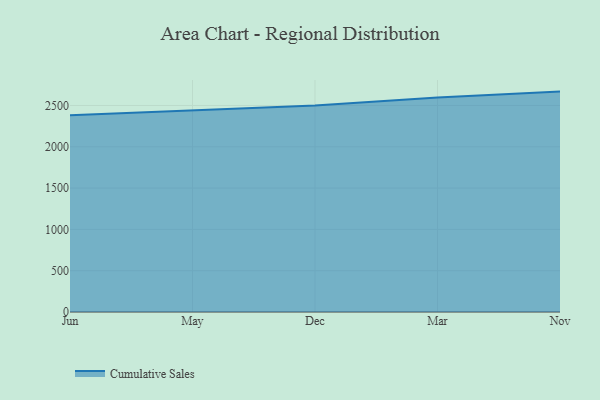
{"axis": {"x": "Month", "y": "Waste Production (Tons)"}, "legend": ["Cumulative Sales"], "data": [{"x": "Jun", "y": 2382.8, "type": "Cumulative Sales"}, {"x": "May", "y": 2438.0, "type": "Cumulative Sales"}, {"x": "Dec", "y": 2498.7, "type": "Cumulative Sales"}, {"x": "Mar", "y": 2597.8, "type": "Cumulative Sales"}, {"x": "Nov", "y": 2668.2, "type": "Cumulative Sales"}]}